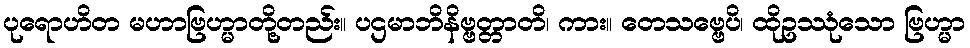
ပုရောဟိတ မဟာဗြဟ္မာတို့တည်း။ ပဌမာဘိနိဗ္ဗတ္တာတိ၊ ကား။ တေသဗ္ဗေပိ၊ ထိုဥဿုံသော ဗြဟ္မာ